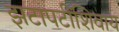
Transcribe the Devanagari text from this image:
झटापटींशिवाय